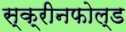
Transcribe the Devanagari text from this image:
स्क्रीनफोल्ड